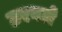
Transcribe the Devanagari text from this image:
टरवले